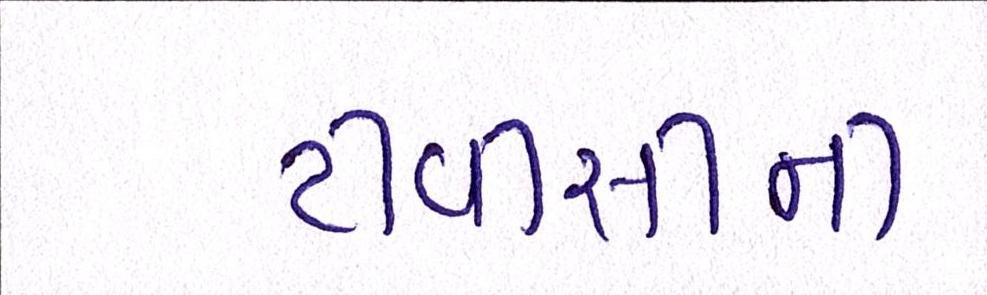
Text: ટીવીસીની